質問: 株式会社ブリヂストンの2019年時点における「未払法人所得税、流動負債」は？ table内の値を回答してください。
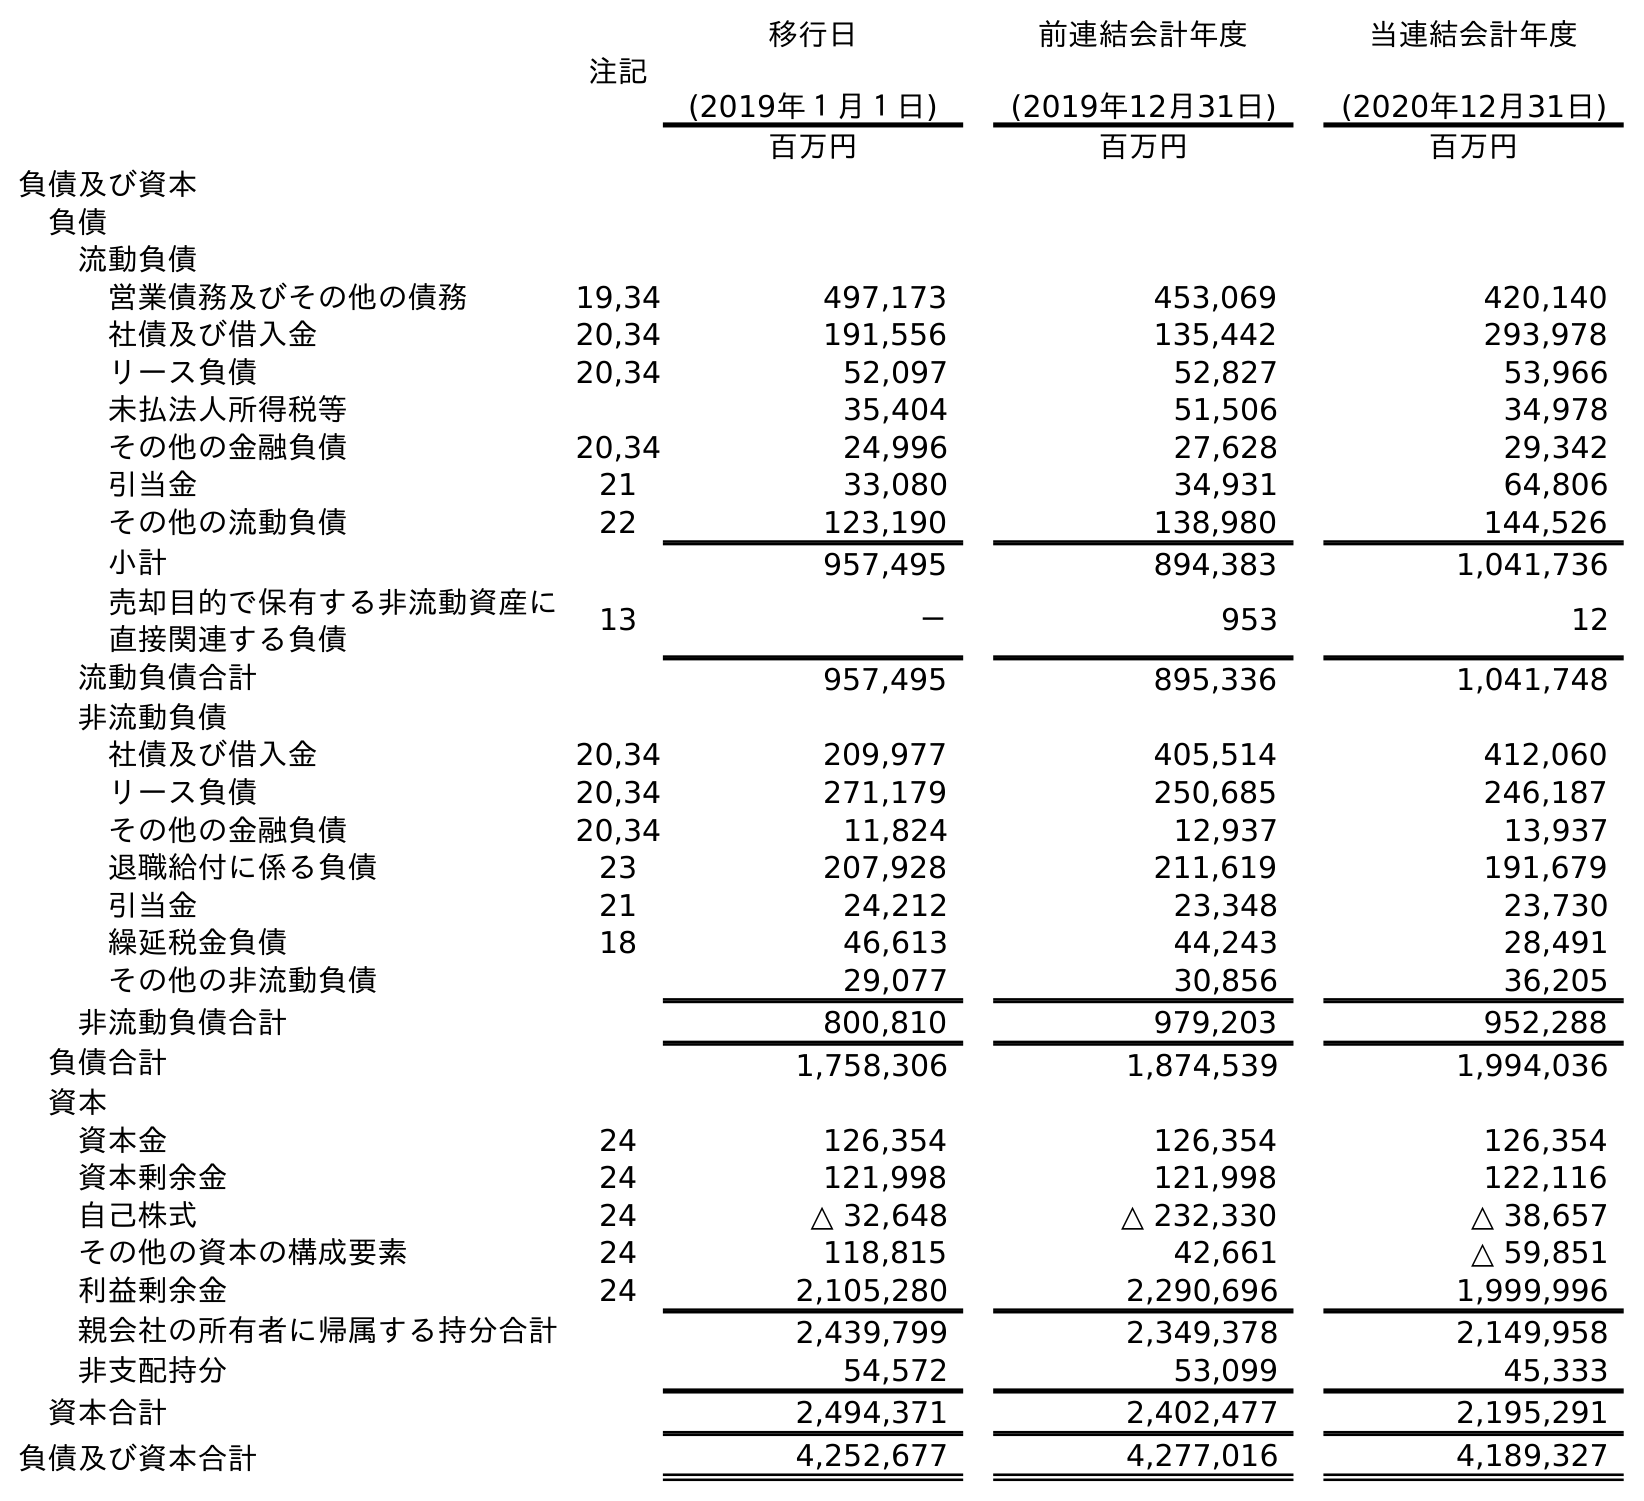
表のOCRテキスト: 注記 移行日 (2019年１月１日) 前連結会計年度 (2019年12月31日) 当連結会計年度 (2020年12月31日) 百万円 百万円 百万円 負債及び資本 負債 流動負債 営業債務及びその他の債務 19,34 497,173 453,069 420,140 社債及び借入金 20,34 191,556 135,442 293,978 リース負債 20,34 52,097 52,827 53,966 未払法人所得税等 35,404 51,506 34,978 その他の金融負債 20,34 24,996 27,628 29,342 引当金 21 33,080 34,931 64,806 その他の流動負債 22 123,190 138,980 144,526 小計 957,495 894,383 1,041,736 売却目的で保有する非流動資産に 直接関連する負債 13 － 953 12 流動負債合計 957,495 895,336 1,041,748 非流動負債 社債及び借入金 20,34 209,977 405,514 412,060 リース負債 20,34 271,179 250,685 246,187 その他の金融負債 20,34 11,824 12,937 13,937 退職給付に係る負債 23 207,928 211,619 191,679 引当金 21 24,212 23,348 23,730 繰延税金負債 18 46,613 44,243 28,491 その他の非流動負債 29,077 30,856 36,205 非流動負債合計 800,810 979,203 952,288 負債合計 1,758,306 1,874,539 1,994,036 資本 資本金 24 126,354 126,354 126,354 資本剰余金 24 121,998 121,998 122,116 自己株式 24 △ 32,648 △ 232,330 △ 38,657 その他の資本の構成要素 24 118,815 42,661 △ 59,851 利益剰余金 24 2,105,280 2,290,696 1,999,996 親会社の所有者に帰属する持分合計 2,439,799 2,349,378 2,149,958 非支配持分 54,572 53,099 45,333 資本合計 2,494,371 2,402,477 2,195,291 負債及び資本合計 4,252,677 4,277,016 4,189,327
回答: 51,506